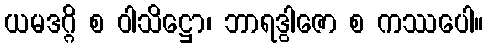
ယမဒဂ္ဂိ စ ဝါသိဋ္ဌော၊ ဘာရဒွါဇော စ ကဿပေါ။